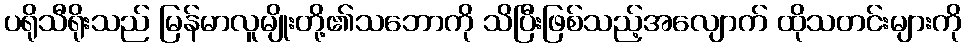
ပရိုသီရိုးသည် မြန်မာလူမျိုးတို့၏သဘောကို သိပြီးဖြစ်သည့်အလျောက် ထိုသတင်းများကို